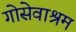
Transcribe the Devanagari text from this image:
गोसेवाश्रम